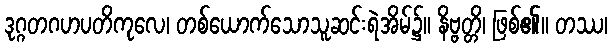
ဒုဂ္ဂတဂဟပတိကုလေ၊ တစ်ယောက်သောသူဆင်းရဲအိမ်၌။ နိဗ္ဗတ္တိ၊ ဖြစ်၏။ တဿ၊